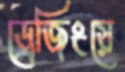
ড্রেজিংয়ে